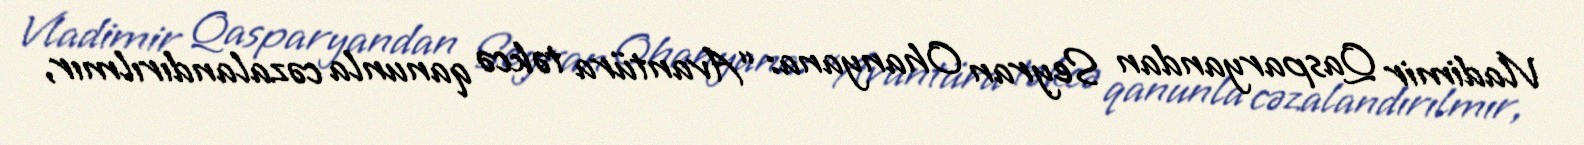
Vladimir Qasparyandan Seyran Ohanyana: “Avantüra təkcə qanunla cəzalandırılmır,